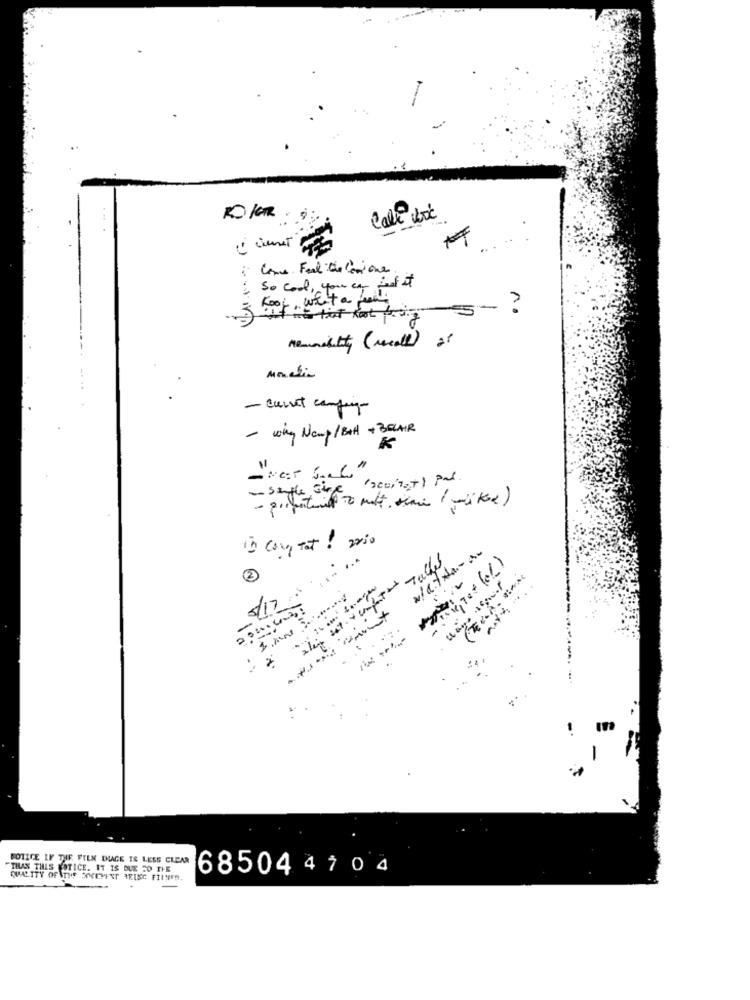
Calle box
-
ciment
: Come Feel the Camiones.
So Cool, you can find it
no
nemmobility (recall) of
- current company-
- why Namp/ Ball + BELAIR
K
sangle strato mitt semi (müket )
in con tat! 200
.... ...
2
7/12
.......
---
...
BOTICE IF THE FILM IHAGE TE LESS CLEAR
"THAN THIS NOTICE. IT IS DUE TO THE
685044 7 0 4
QUALITY OF \THE SOCEMENT AELEC FILMES.